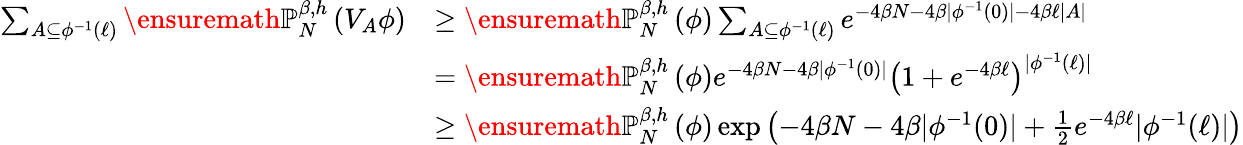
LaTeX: \begin{array}{rl}{\sum_{A\subseteq\phi^{-1}(\ell)}{\ensuremath{\mathbb P}}_{N}^{\beta,h}\left(V_{A}\phi\right)}&{\ge{\ensuremath{\mathbb P}}_{N}^{\beta,h}\left(\phi\right)\sum_{A\subseteq\phi^{-1}(\ell)}e^{-4\beta N-4\beta\vert\phi^{-1}(0)\vert-4\beta\ell\vert A\vert}}\\ &{={\ensuremath{\mathbb P}}_{N}^{\beta,h}\left(\phi\right)e^{-4\beta N-4\beta\vert\phi^{-1}(0)\vert}\left(1+e^{-4\beta\ell}\right)^{\vert\phi^{-1}(\ell)\vert}}\\ &{\ge{\ensuremath{\mathbb P}}_{N}^{\beta,h}\left(\phi\right)\exp\left(-4\beta N-4\beta\vert\phi^{-1}(0)\vert+\frac{1}{2}e^{-4\beta\ell}\vert\phi^{-1}(\ell)\vert\right)}\end{array}